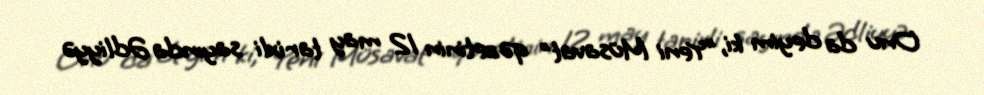
Onu da deyim ki, ”Yeni Müsavat" qəzetinin 12 may tarixli sayında Ədliyyə